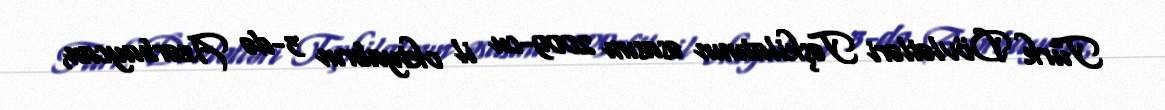
Türk Dövlətləri Təşkilatının əsasını 2009-cu il oktyabrın 3-də Azərbaycan,